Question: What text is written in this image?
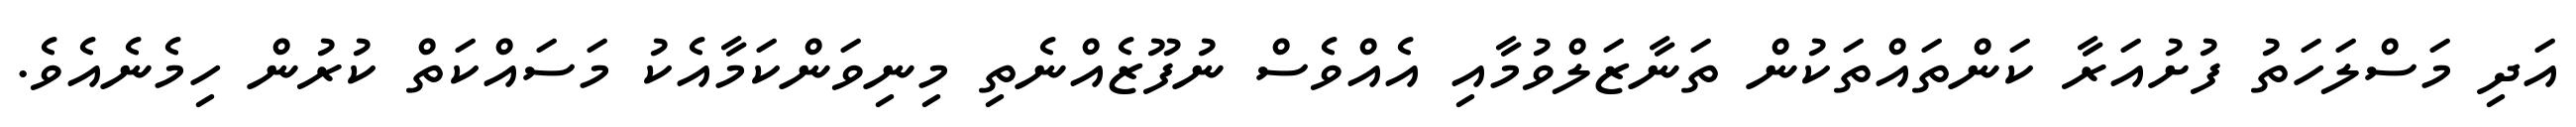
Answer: އަދި މަސްލަހަތު ފުށުއަރާ ކަންތައްތަކުން ތަނާޒަލްވުމާއި އެއްވެސް ނުފޫޒެއްނެތި މިނިވަންކަމާއެކު މަސައްކަތް ކުރުން ހިމެނެއެވެ.